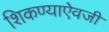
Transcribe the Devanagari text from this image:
शिकण्याऐवजी